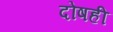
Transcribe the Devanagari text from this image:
दोषही